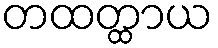
တထတ္ထာယ